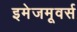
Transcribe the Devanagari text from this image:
इमेजमूवर्स